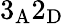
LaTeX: \mathrm{3_{A}2_{D}}